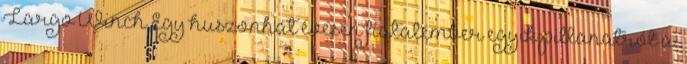
Largo Winch Egy huszonhat évesen fiatalember egyik pillanatról a.